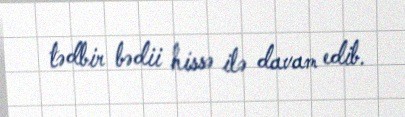
tədbir bədii hissə ilə davam edib.